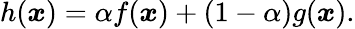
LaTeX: h(\boldsymbol{x})=\alpha f(\boldsymbol{x})+(1-\alpha)g(\boldsymbol{x}).